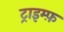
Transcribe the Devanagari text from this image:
ट्राइम्फ़